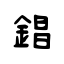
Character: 錩